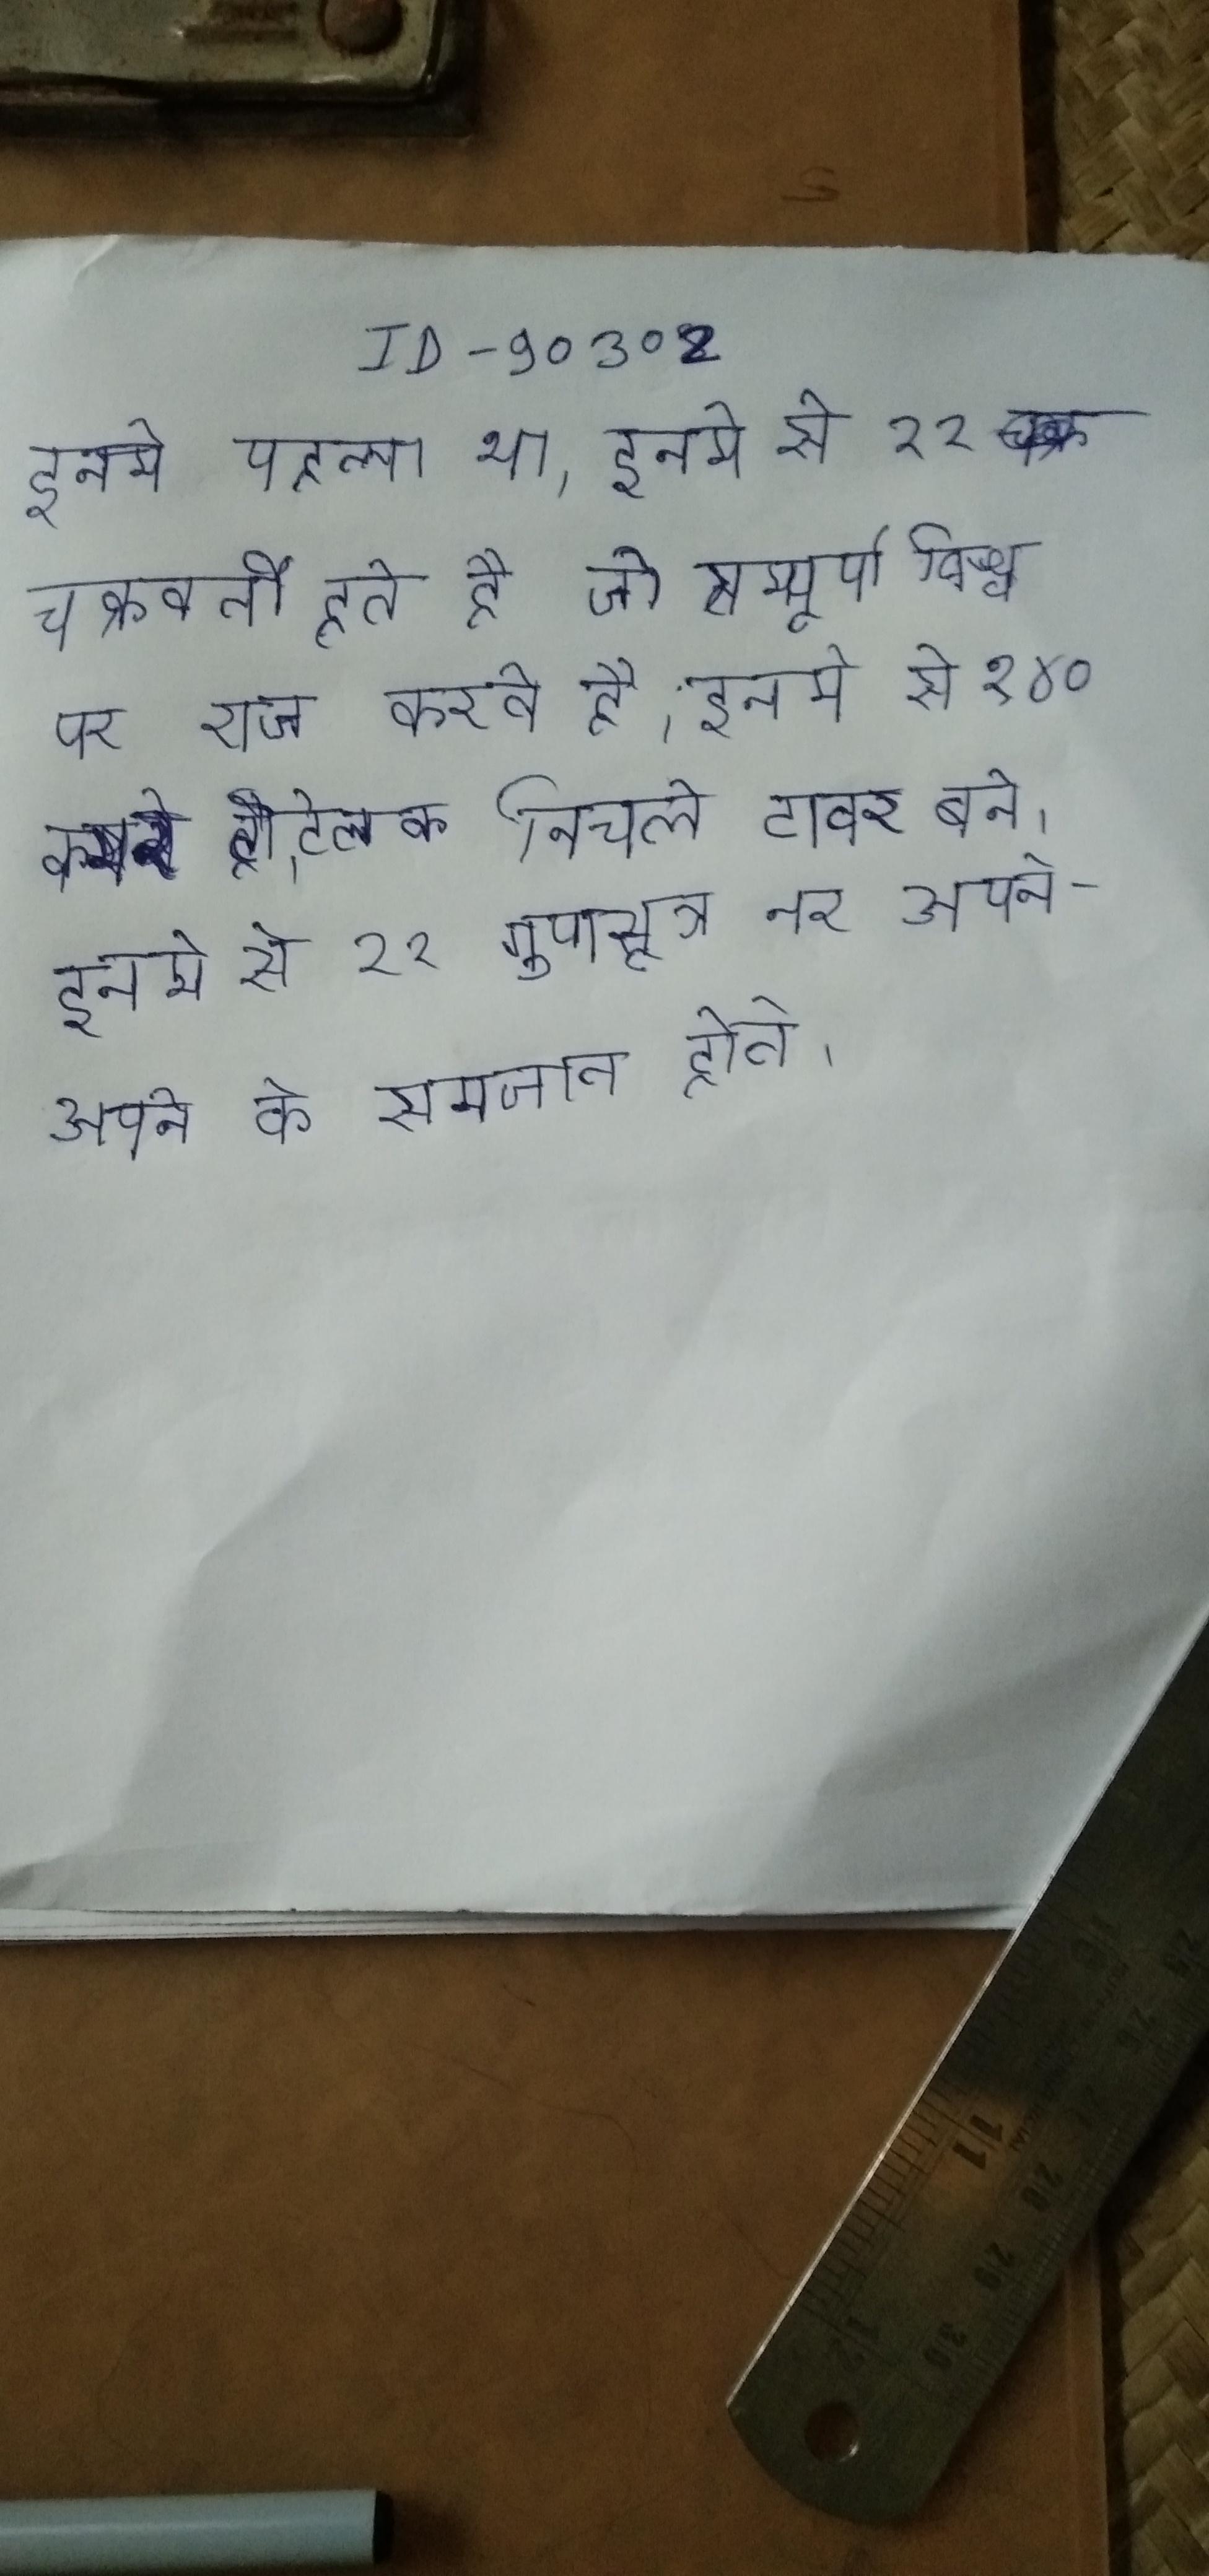
इनमे पहला था । इनमे से १२ चक्रवर्ती होते है, जो सम्पूर्ण विश्व पर राज करते है । इनमे से १४० कमरे होटेल के निचले टावर बने । इनमे से २२ गुणसूत्र नर और मादा समान और अपने-अपने के समजात होते ।